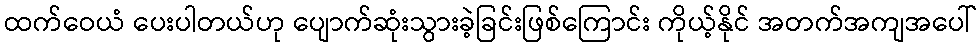
ထက်ဝေယံ ပေးပါတယ်ဟု ပျောက်ဆုံးသွားခဲ့ခြင်းဖြစ်ကြောင်း ကိုယ့်နိုင် အတက်အကျအပေါ်